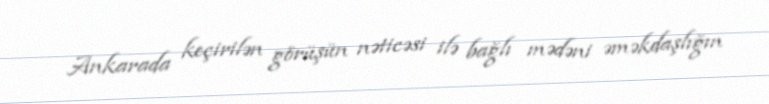
Ankarada keçirilən görüşün nəticəsi ilə bağlı mədəni əməkdaşlığın